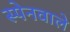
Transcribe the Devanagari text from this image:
स्पेनवाले